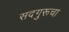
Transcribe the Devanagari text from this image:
सदगुरूचा